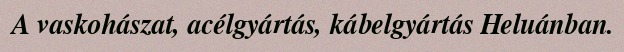
A vaskohászat, acélgyártás, kábelgyártás Heluánban.